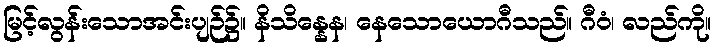
မြင့်လွန်းသောအင်းပျဉ်၌။ နိသိန္နေန၊ နေသောယောဂီသည်။ ဂီဝံ၊ လည်ကို။